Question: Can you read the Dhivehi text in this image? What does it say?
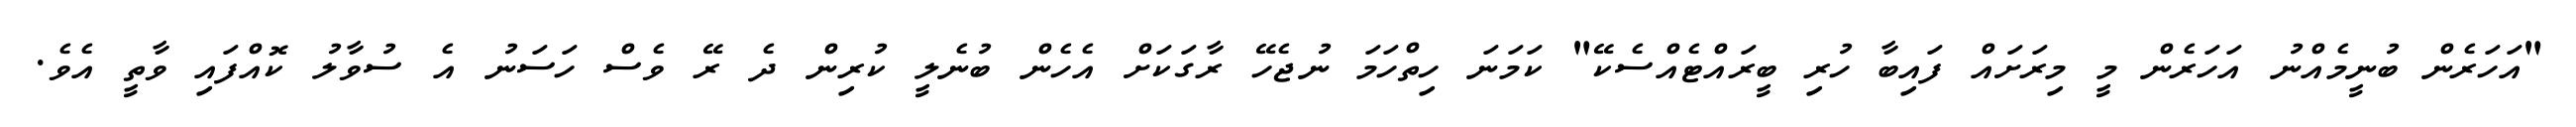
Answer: "އަހަރެން ބުނީމެއްނު އަހަރެން މީ މިރަށައް ފައިބާ ހުރި ބީރައްޓެއްސެކޭ" ކަމަނަ ހިތްހަމަ ނުޖެހޭ ރާގަކަށް އެހެން ބުނެލީ ކުރިން ދެ ރޭ ވެސް ހަސަނު އެ ސުވާލު ކޮއްފައި ވާތީ އެވެ.